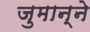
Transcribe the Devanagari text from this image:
जुमान्ने